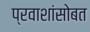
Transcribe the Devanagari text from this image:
प्रवाशांसोबत